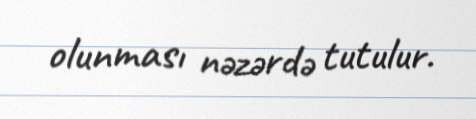
olunması nəzərdə tutulur.